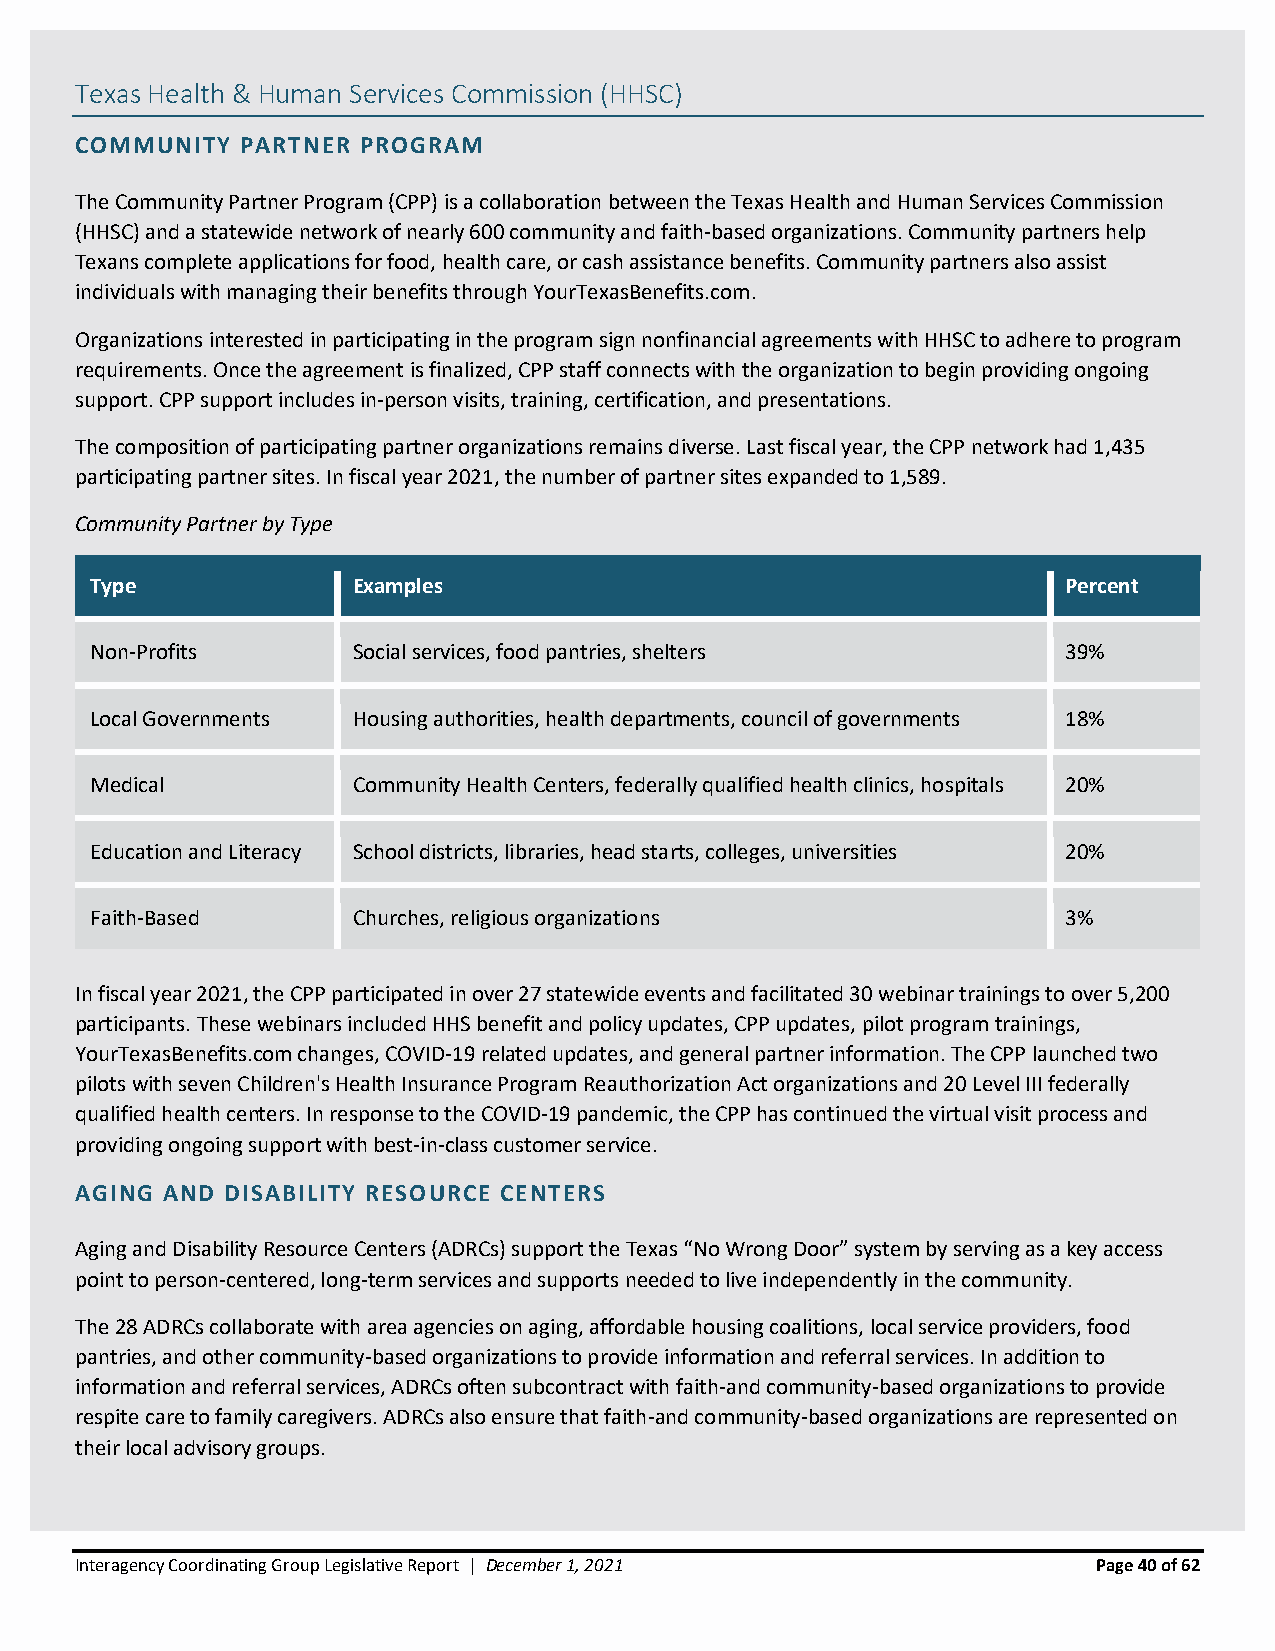
Texas Health & Human Services Commission (HHSC)
 COMMUNITY  PARTNER PROGRAM
 The Community Partner Program (CPP) is a collaboration between the Texas Health and Human Services Commission
 (HHSC) and a statewide network of nearly 600 community and faith-based organizations. Community partners help
 Texans complete applications for food, health care, or cash assistance benefits. Community partners also assist
 individuals with managing their benefits through YourTexasBenefits.com.
 Organizations interested in participating in the program sign nonfinancial agreements with HHSC to adhere to program
 requirements. Once the agreement is finalized, CPP staff connects with the organization to begin providing ongoing
 support. CPP support includes in-person visits, training, certification, and presentations.
 The composition of participating partner organizations remains diverse. Last fiscal year, the CPP network had 1,435
 participating partner sites. In fiscal year 2021, the number of partner sites expanded to 1,589.
 Community Partner by Type
 Type             Examples                                        Percent
 Non-Profits      Social services, food pantries, shelters        39%
 Local Governments Housing authorities, health departments, council of governments 18%
 Medical          Community Health Centers, federally qualified health clinics, hospitals 20%
 Education and Literacy School districts, libraries, head starts, colleges, universities 20%
 Faith-Based      Churches, religious organizations               3%
 In fiscal year 2021, the CPP participated in over 27 statewide events and facilitated 30 webinar trainings to over 5,200
 participants. These webinars included HHS benefit and policy updates, CPP updates, pilot program trainings,
 YourTexasBenefits.com changes, COVID-19 related updates, and general partner information. The CPP launched two
 pilots with seven Children's Health Insurance Program Reauthorization Act organizations and 20 Level III federally
 qualified health centers. In response to the COVID-19 pandemic, the CPP has continued the virtual visit process and
 providing ongoing support with best-in-class customer service.
 AGING AND DISABILITY RESOURCE CENTERS
 Aging and Disability Resource Centers (ADRCs) support the Texas “No Wrong Door” system by serving as a key access
 point to person-centered, long-term services and supports needed to live independently in the community.
 The 28 ADRCs collaborate with area agencies on aging, affordable housing coalitions, local service providers, food
 pantries, and other community-based organizations to provide information and referral services. In addition to
 information and referral services, ADRCs often subcontract with faith-and community-based organizations to provide
 respite care to family caregivers. ADRCs also ensure that faith-and community-based organizations are represented on
 their local advisory groups.
 Interagency Coordinating Group Legislative Report | December 1, 2021 Page 40 of 62